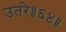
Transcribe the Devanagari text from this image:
उतरे॥६४॥